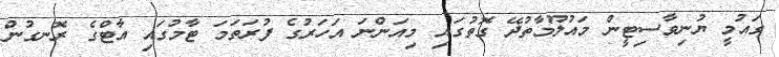
ގައުމީ ޔުނިވާސިޓީން މައުލޫމާތުދޭ ގޮތުގައި މިއަންނަ އަހަރުގެ ފުރަތަމަ ޓާމުގައި އާޓްގެ ރޮނގުން